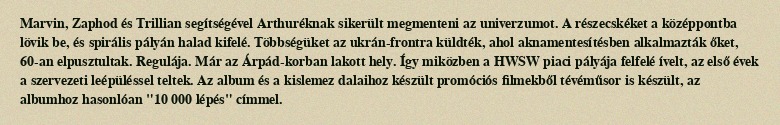
Marvin, Zaphod és Trillian segítségével Arthuréknak sikerült megmenteni az univerzumot. A részecskéket a középpontba lövik be, és spirális pályán halad kifelé. Többségüket az ukrán-frontra küldték, ahol aknamentesítésben alkalmazták őket, 60-an elpusztultak. Regulája. Már az Árpád-korban lakott hely. Így miközben a HWSW piaci pályája felfelé ívelt, az első évek a szervezeti leépüléssel teltek. Az album és a kislemez dalaihoz készült promóciós filmekből tévéműsor is készült, az albumhoz hasonlóan "10 000 lépés" címmel.